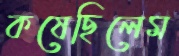
কষেছিলেম